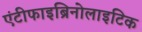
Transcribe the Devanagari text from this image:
एंटीफाइब्रिनोलाइटिक